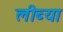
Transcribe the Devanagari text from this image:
लीब्या